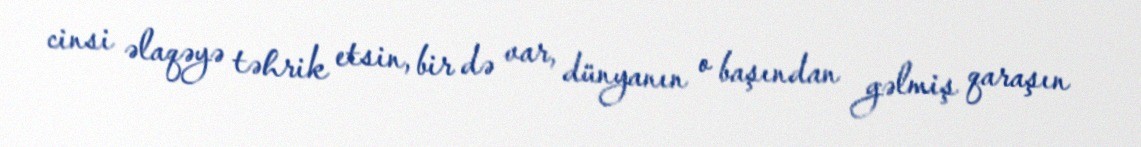
cinsi əlaqəyə təhrik etsin, bir də var, dünyanın o başından gəlmiş qaraşın